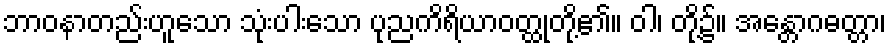
ဘာဝနာတည်းဟူသော သုံးပါးသော ပုညကိရိယာဝတ္ထုတို့၏။ ဝါ၊ တို့၌။ အန္တောဂဓတ္တာ၊